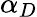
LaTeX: \alpha_{D}